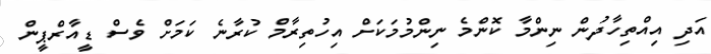
އަދި އިއްތިހާދުން ނިންމާ ކޮންމެ ނިންމުމަކަށް އިހުތިރާމް ކުރާނެ ކަމަށް ވެސް ޑީއާރްޕީން